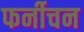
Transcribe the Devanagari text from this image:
फर्नीचन